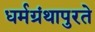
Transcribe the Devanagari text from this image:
धर्मग्रंथापुरते